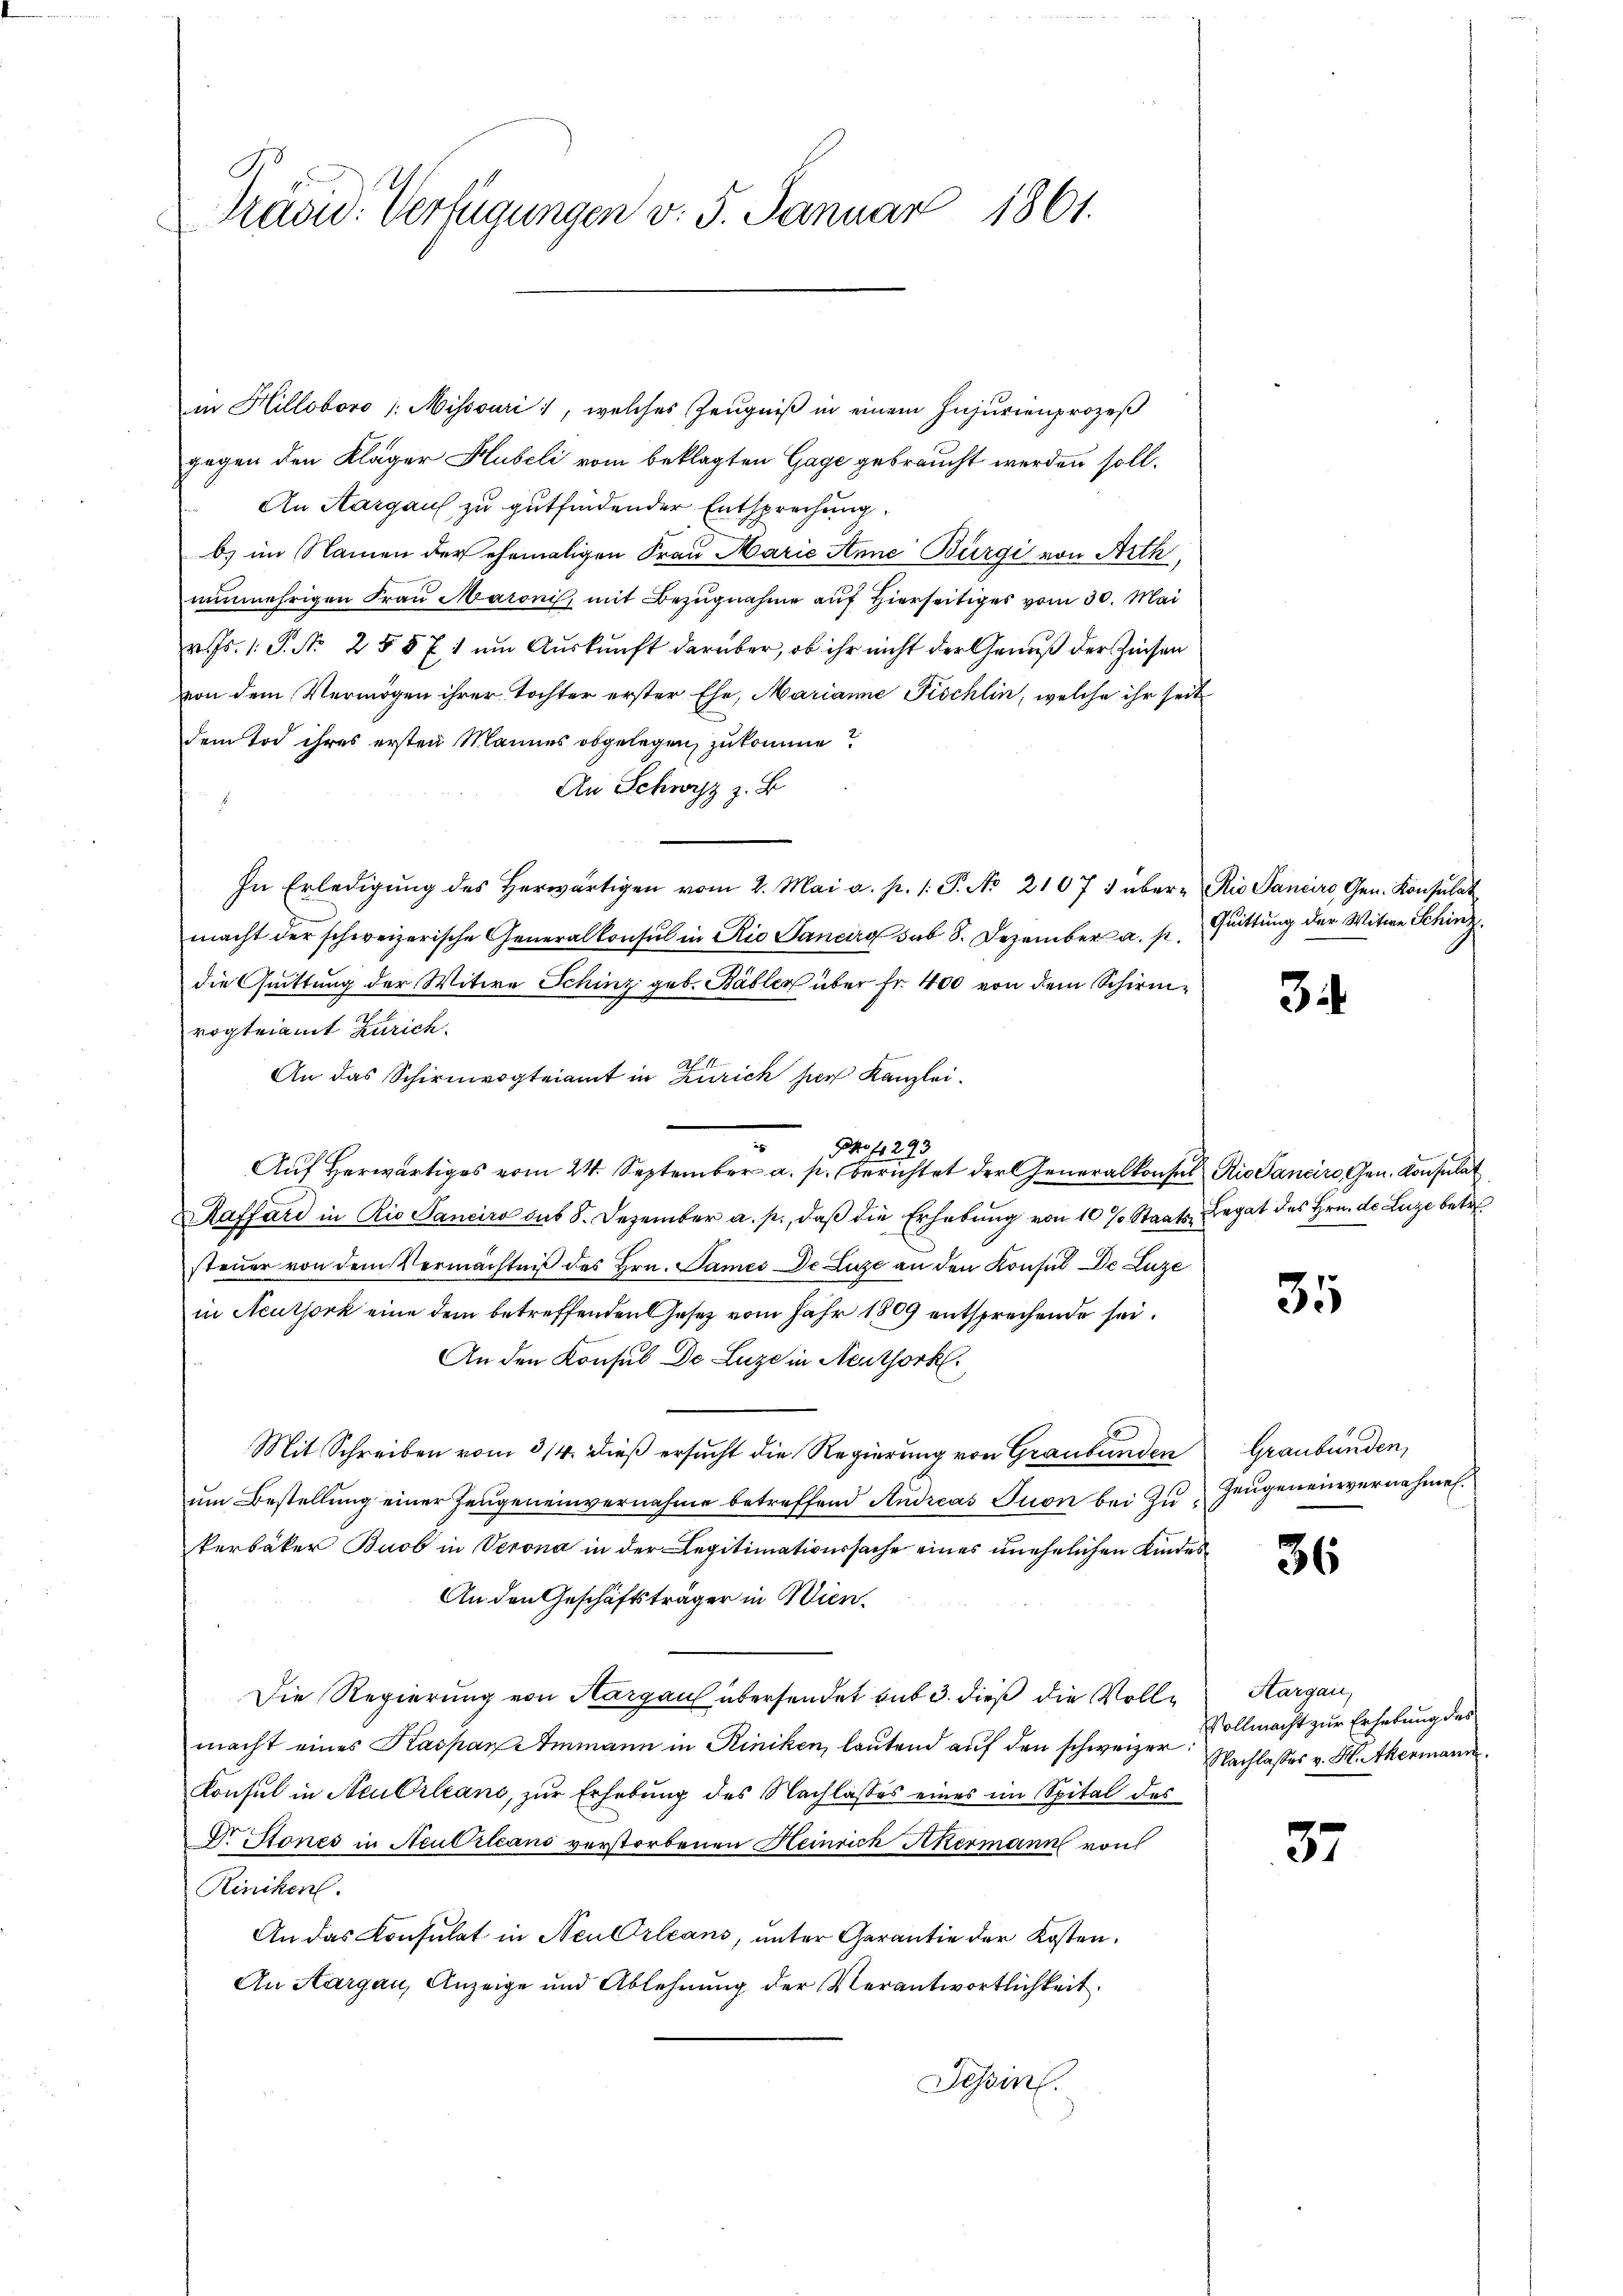
C
Tradid. Verfügungen v. 5. Januar 1861.

in Hilloboro /: Missouri, welches Zeugniß in einem Injurienprozeß
gegen den Kläger Hubeli vom beklagten Gage gebraucht werden soll.
An Aargaus zu gutfindender Entsprechung.
b) im Namen der ehemaligen Frau Marie Anne Bürgi von Arth,
nunmehrigen Frau Maronis, mit Bezugnahme auf Hierseits vom 30. Mai
v. Js. 1. S. Nr. 25571 um Auskunft darüber, ob ihr nicht der Genuß der Zinsen
von dem Vermögen ihrer Tochter erster Ehe, Marianne Fischlin, welche ihr seit
dem Tod ihres ersten Mannes obgelegen zukomme?
An Schwyz z. B.
In Erledigŭng des herwärtigen vom 2. Mai a. p. 1. P. Nr. 21075 über-Rio Sancire Gen. Konsulat
macht der schweizerische Generalkonsul in Rio Sanciro sub 8. Dezember a. p.
die Quittung der Witwe Schinz geb. Bäbler über Fr. 400 von dem Schirmrogteiamt Zürich.
An das Schirmvogteiamt in Zürich har Kanzlei.
No 1293
Auf Herwärtiges vom 24. September a. p. berichtet der Generalkonsul Rio Sanciro Gen. Konsulat
Raffard in Rio Sanciro sub 8. Dezember a. p., daß die Erhebung von 10 % Staats-, Legat des Hrn. de Luze betr.
steuer von dem Vermächtniß des Hrn. Dames de Luze an den Konsul De Luze
in Neuthork eine dem betreffenden Gesetz vom Jahr 1809 entsprechende sei¬
An den Konsul Dr Luze in Neuthork
Mit Schreiben vom 3/4. dieß ersucht die Regierung von Graubünden
um Bestellung einer Zeugeneinvernahme betreffend Andreas Tuon bei Zukerbäker Buob in Verona in der Legitimationssache eines unehelichen Kindes¬
An den Geschäftsträger in Wien.
Die Regierung von Aargau übersendet sub 3. dieß die Vollmacht eines Kaspar Ammann in Riniken, lautend auf den schweizer:
Konsul in Neu Orleans, zur Erhebung des Nachlasses eines im Spital des
Drittones in Neuertens verstorbenen Heinrich Ackermann von
Riniken.
An das Konsulat in Neu Orleans, unter Garantie der Kosten.
An Aargau, Anzeige und Ablehnung der Verantwortlichkeit.
Tessin.

Quittung der Witwe Schinz.

3

35

Graubünden,
Zeugeneinvernahmen.

36

57

Hargau,
Vollmacht zur Erhebung des
Nachlasses v. H. Akermann.